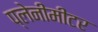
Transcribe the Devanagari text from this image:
प्लेनीमीटर